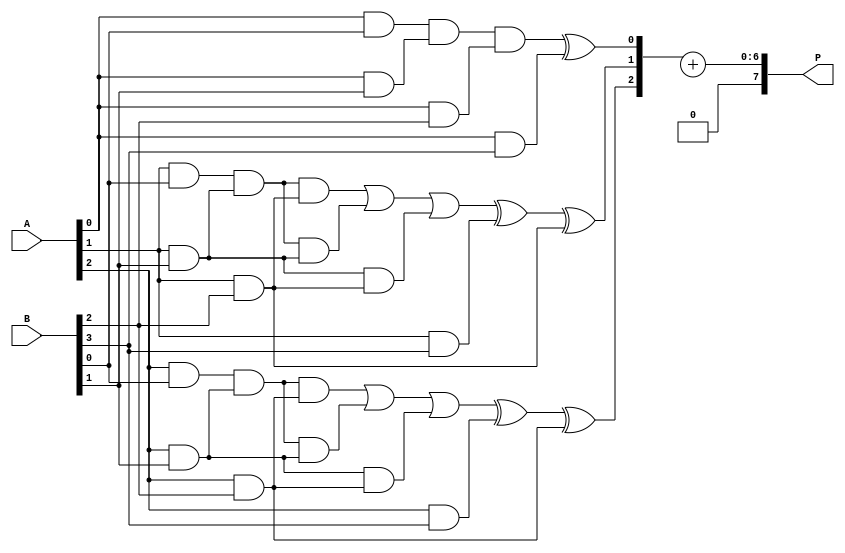
module wallace_tree_multiplier #(parameter n = 4) (
    input  [n-1:0] A,
    input  [n-1:0] B,
    output [2*n-1:0] P
);
    // Partial product generation
    wire [n-1:0] pp[n-1:0]; // Partial products

    genvar i, j;
    generate
        for (i = 0; i < n; i = i + 1) begin : pp_gen
            for (j = 0; j < n; j = j + 1) begin : pp_row
                assign pp[i][j] = A[j] & B[i];
            end
        end
    endgenerate

    // Reduction tree
    wire [n:0] sum[n-1:0]; // To store sums and carries
    wire [n-1:0] carry[n-1:0];
    
    // Initial stage: pairwise reduction using half adders and full adders
    generate
        for (i = 0; i < n-1; i = i + 1) begin : reduction_stage
            if (i == 0) begin
                // First stage: only half adders
                for (j = 0; j < n; j = j + 1) begin
                    if (j < n-1) begin
                        assign sum[i][j] = pp[i][j] ^ pp[i+1][j]; // Half adder
                        assign carry[i][j] = pp[i][j] & pp[i+1][j]; // Carry
                    end
                end
            end else begin
                // Subsequent stages: full adders
                for (j = 0; j < n; j = j + 1) begin
                    if (j == 0) begin
                        assign sum[i][j] = carry[i-1][j] ^ pp[i+1][j]; // Full adder
                        assign carry[i][j] = carry[i-1][j] & pp[i+1][j]; // Carry
                    end else if (j < n-1) begin
                        assign sum[i][j] = carry[i-1][j] ^ pp[i+1][j] ^ pp[i][j]; // Full adder
                        assign carry[i][j] = (carry[i-1][j] & pp[i+1][j]) | (carry[i-1][j] & pp[i][j]) | (pp[i][j] & pp[i+1][j]); // Carry
                    end else begin
                        assign sum[i][j] = carry[i-1][j]; // Last column carry
                    end
                end
            end
        end
    endgenerate

    // Final summation
    wire [2*n-1:0] final_sum;
    assign final_sum = {carry[n-2][n-1], sum[n-2]} + {1'b0, sum[n-1]}; // Last two rows summed

    // Assign final product
    assign P = final_sum;

endmodule